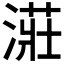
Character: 𣼥